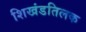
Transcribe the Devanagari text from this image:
शिखंडतिलक